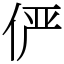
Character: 俨